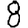
Digit: 8